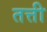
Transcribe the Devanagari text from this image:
तत्ती